Vaccination in Bombay 1902-1912 - 1902-1912
Year: 1902
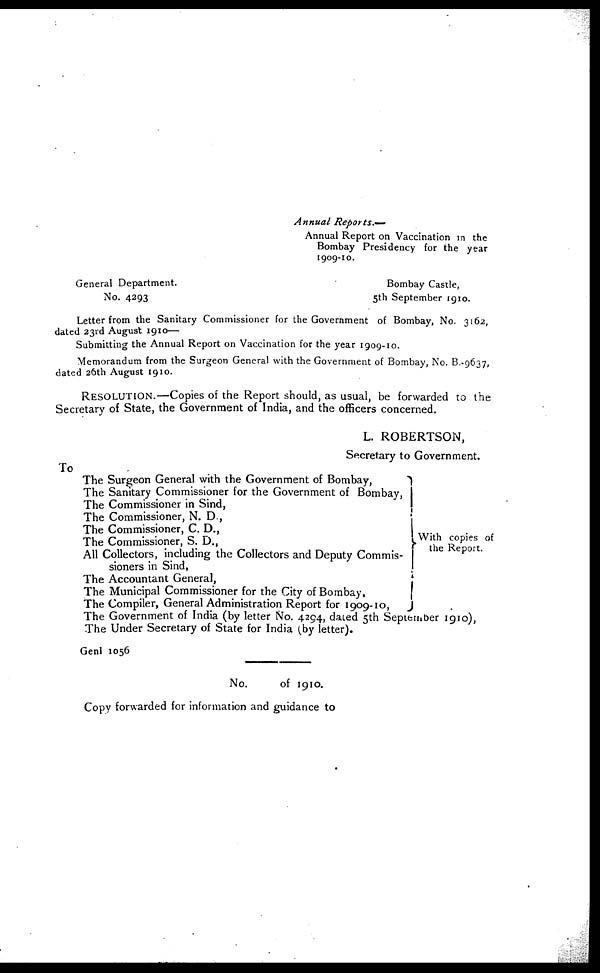
Annual
Reports.—
Annual Report on Vaccination in the
Bombay Presidency for the year
1909-10.
General Department.
No. 4293
Bombay Castle,
5th September 1910.
Letter from the Sanitary Commissioner for the Government of Bombay, No. 3162,
dated 23rd August 1910—
Submitting the Annual Report on Vaccination for the year 1909-10.
Memorandum from the Surgeon General with the Government of Bombay, No. B -9637,
dated 26th August 1910.
RESOLUTION.—Copies of the Report should, as usual, be forwarded to the
Secretary of State, the Government of India, and the officers concerned.
L. ROBERTSON,
Secretary to Government.
To
The Surgeon General with the Government of Bombay,
The Sanitary Commissioner for the Government of Bombay,
The Commissioner in Sind,
The Commissioner, N. D.,
The Commissioner, C. D.,
The Commissioner, S. D.,
All Collectors, including the Collectors and Deputy Commis-
sioners in Sind,
The Accountant General,
The Municipal Commissioner for the City of Bombay,
The Compiler, General Administration Report for 1909-10,
With copies of
the Report.
The Government of India (by letter No. 4294, dated 5th September 1910),
The Under Secretary of State for India (by letter).
Genl 1056
No.
of 1910.
Copy forwarded for information and guidance to